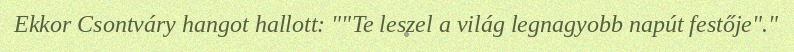
Ekkor Csontváry hangot hallott: ""Te leszel a világ legnagyobb napút festője"."